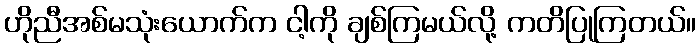
ဟိုညီအစ်မသုံးယောက်က ငါ့ကို ချစ်ကြမယ်လို့ ကတိပြုကြတယ်။